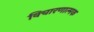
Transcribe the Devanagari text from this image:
विचारणात्मक